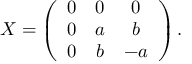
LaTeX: { \cal X } = \left( \begin{array} { c c c } { { 0 } } & { { 0 } } & { { 0 } } \\ { { 0 } } & { { a } } & { { b } } \\ { { 0 } } & { { b } } & { { - a } } \end{array} \right) .